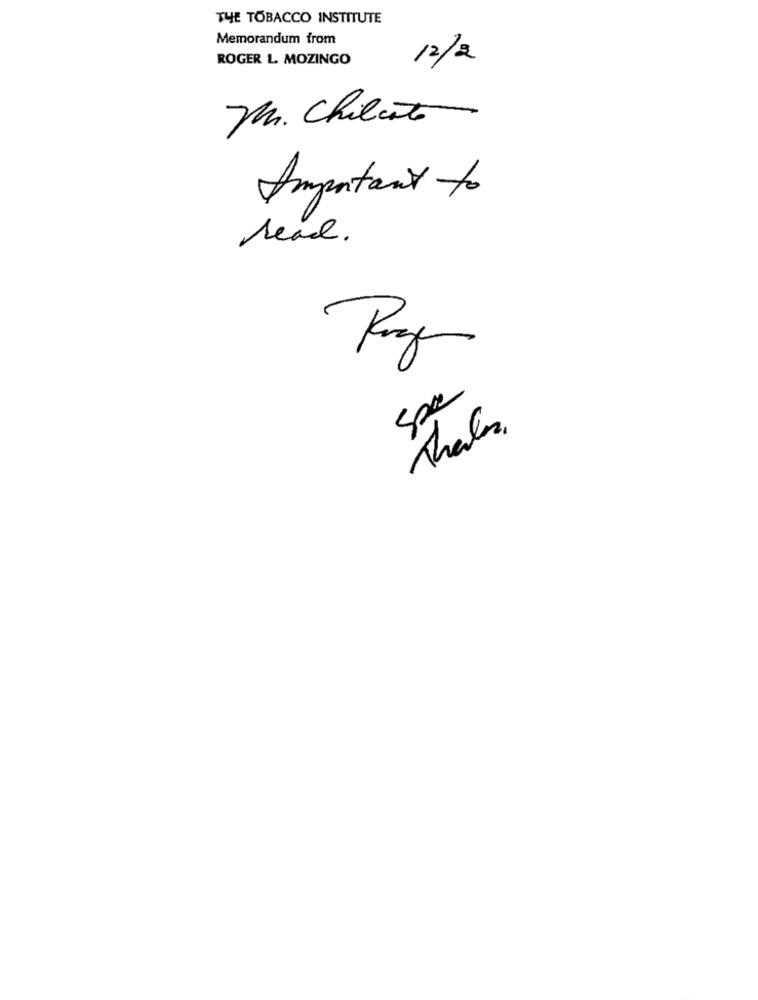
THE TOBACCO INSTITUTE
Memorandum from
ROGER L. MOZINGO
12/2
Mr. Chibento
Important to
read .
Thales